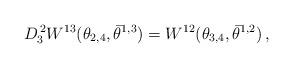
LaTeX: \begin{align*} D^{\,2}_{3} W^{13}(\theta_{2,4}, \bar\theta^{1,3}) = W^{12}(\theta_{3,4}, \bar\theta^{1,2})\,,\end{align*}